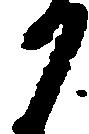
か